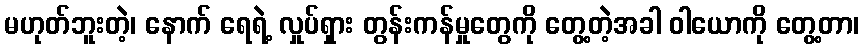
မဟုတ်ဘူးတဲ့၊ နောက် ရေရဲ့ လှုပ်ရှား တွန်းကန်မှုတွေကို တွေ့တဲ့အခါ ဝါယောကို တွေ့တာ၊